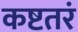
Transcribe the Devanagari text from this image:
कष्टतरं